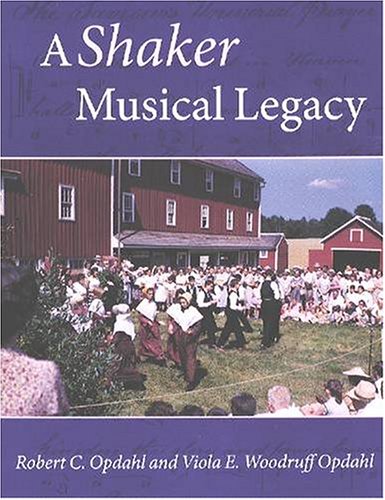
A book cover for A Shaker Musical Legacy (Revisiting New England); Robert Opdahl; Christian Books & Bibles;